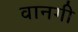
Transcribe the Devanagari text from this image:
वानगी